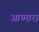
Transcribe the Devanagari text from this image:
आय्मारा